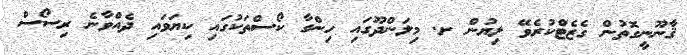
ޤާނޫނީގޮތުން ގެޒެޓްކުރެވޭ ލިޔުން ށ. މިލަންދޫގައި ހިންގާ ކޯސްތަކުގައި ކިޔަވައި ދެއްވާނެ ރިސޯސް